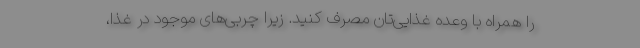
را همراه با وعده غذایی‌تان مصرف کنید. زیرا چربی‌های موجود در غذا،